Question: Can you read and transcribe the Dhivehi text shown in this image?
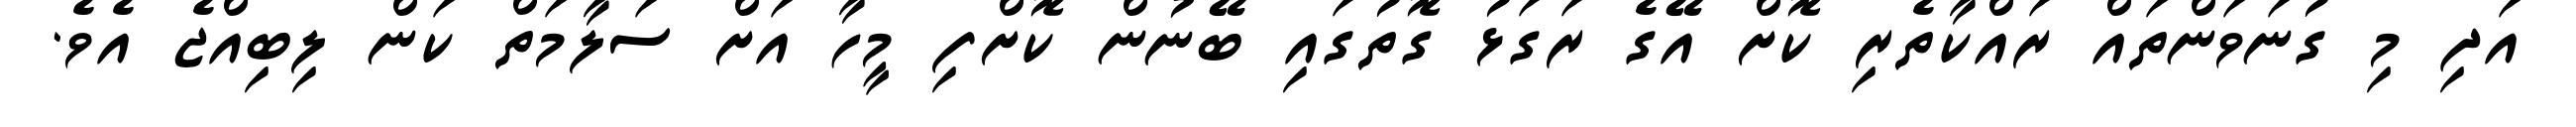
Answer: އަދި މި ގުނަވަންތައް ރައްކާތެރި ކޮށް އޭގެ ރަގަޅު ގޮތުގައި ބޭނުން ކޮށްފި މީހާ އަށް ސަލާމަތް ކަން ލިބިއްޖެ އެވެ.